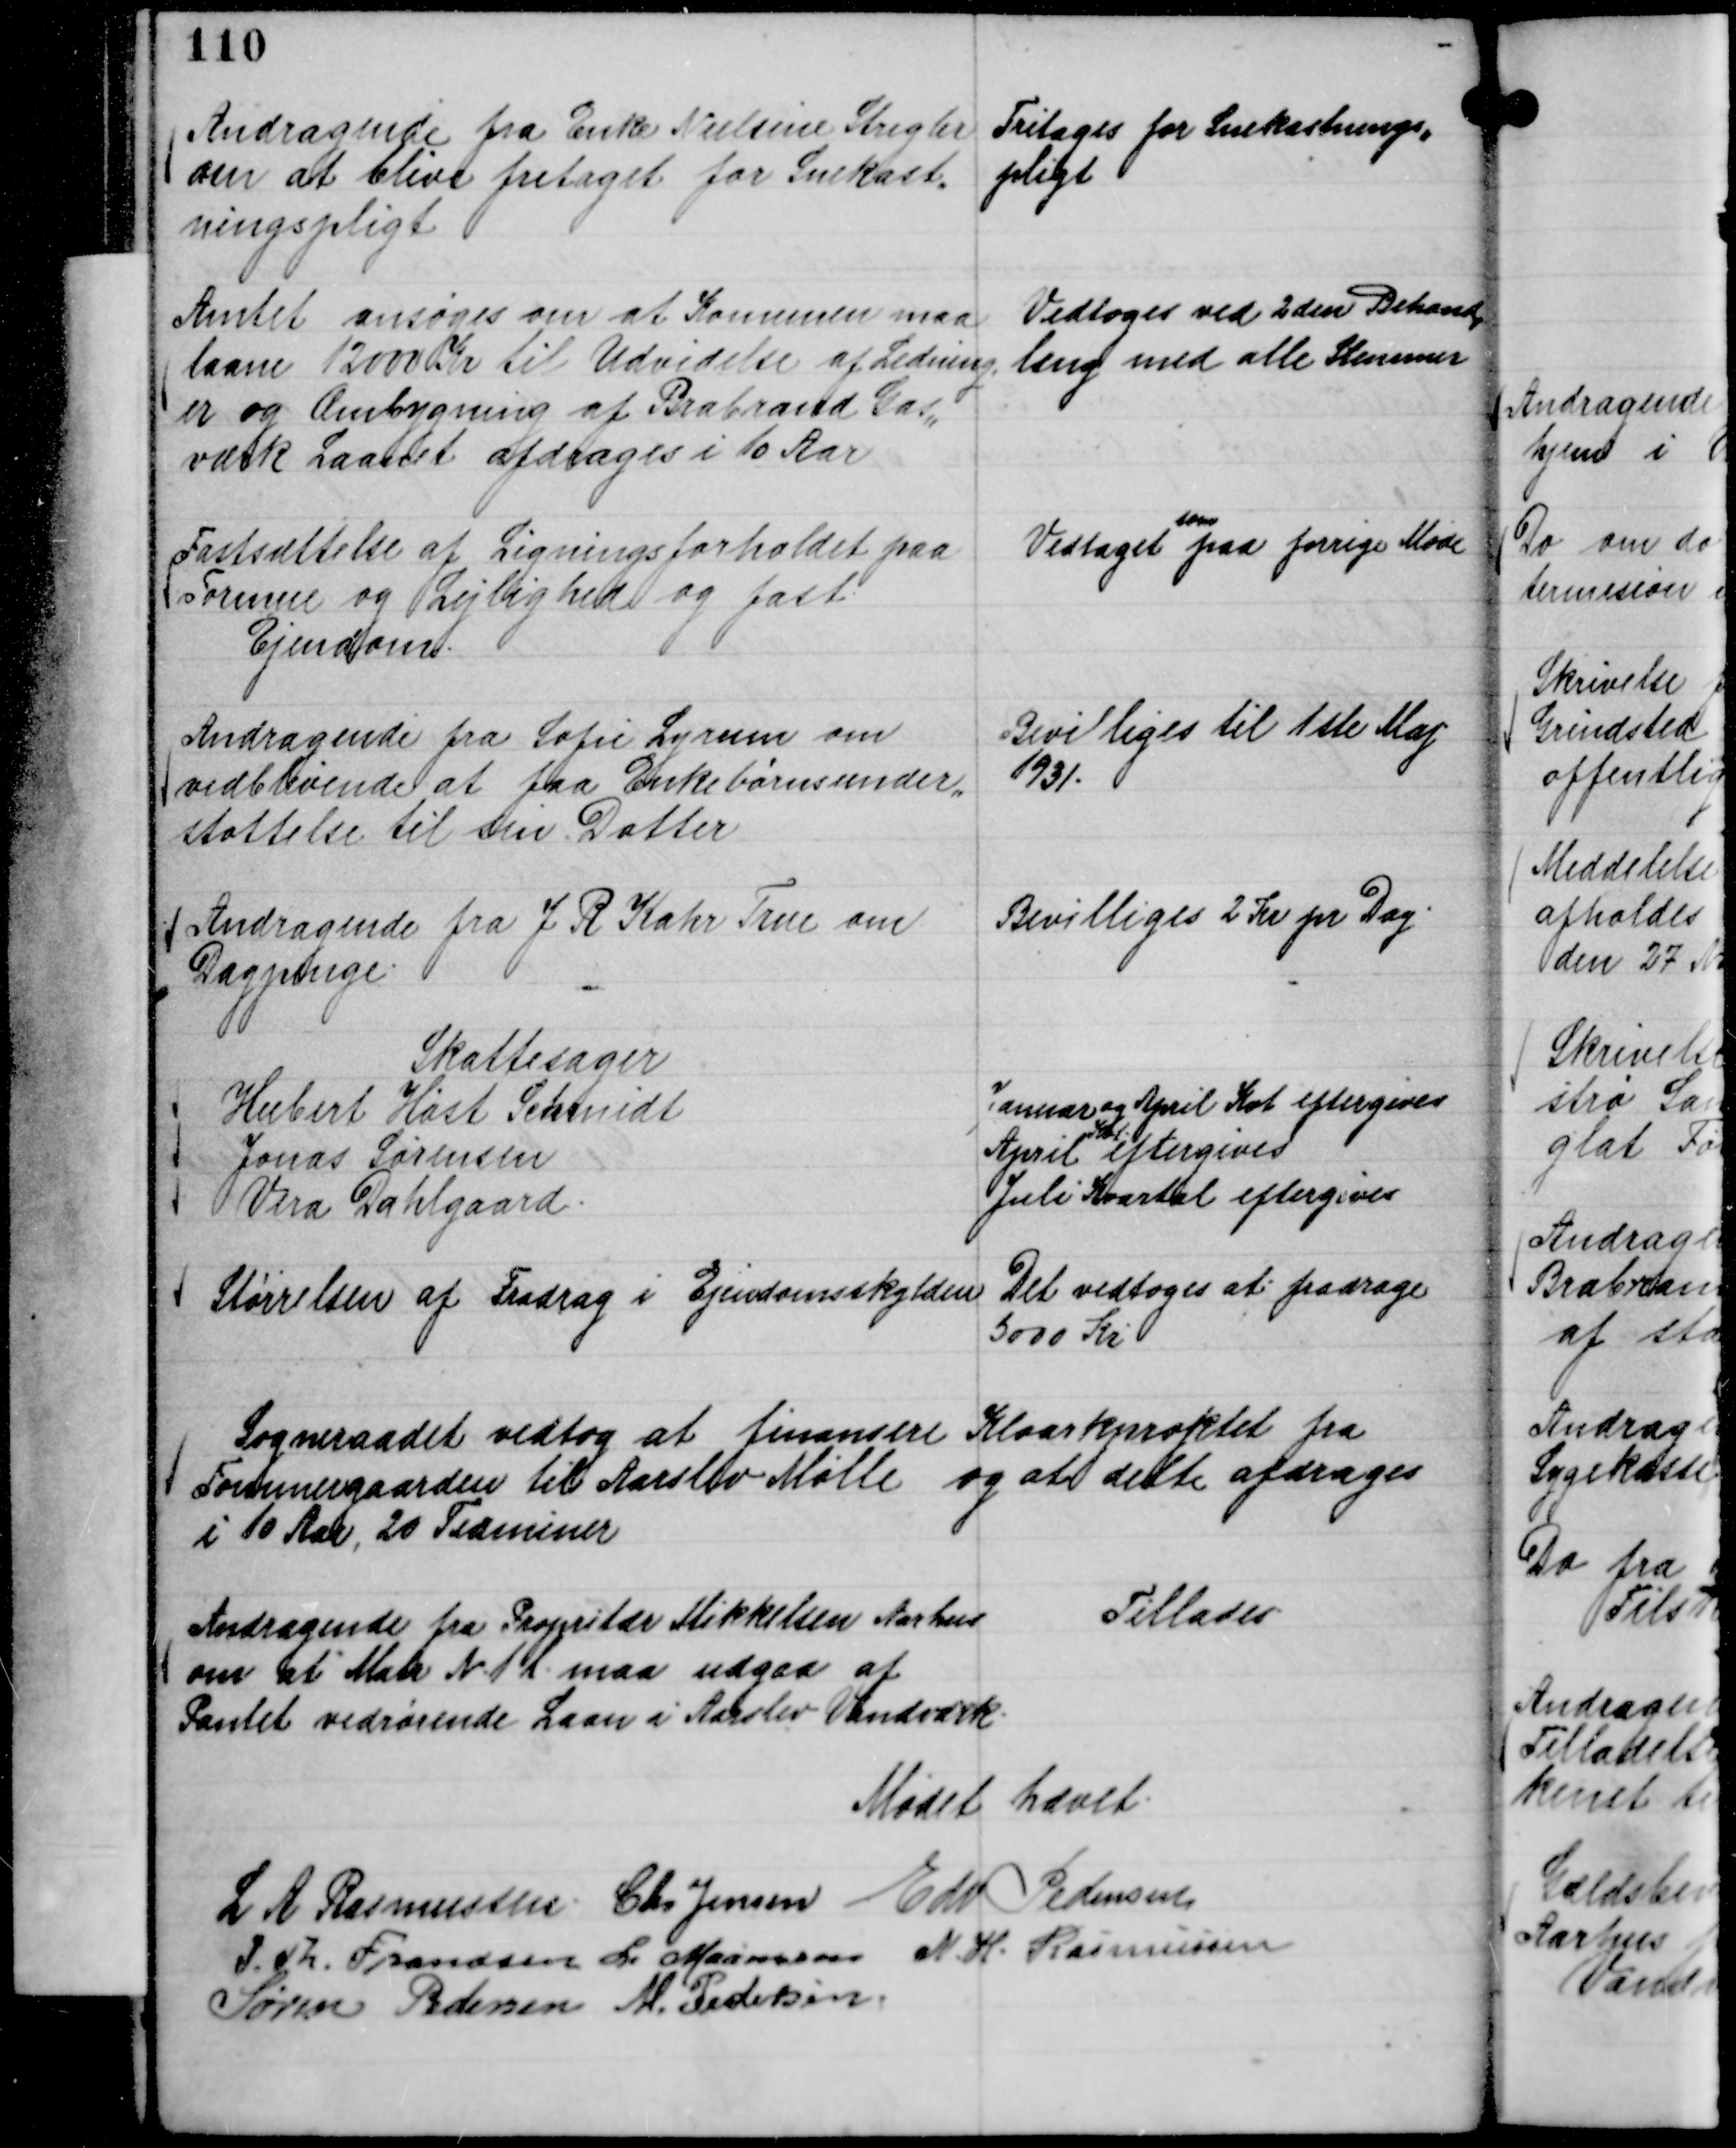
Transskription:
Andragende fra Enke Nielsine Strigler
om at blive fritaget for Snekast,,
ningspligt

Fritages for Snekastnings,,
pligt

Amtet ansøges om at Komunen maa
laane 12000 Kr til Udvidelse af Ledning,
er og Ombygning af Brabrand Gas,,
værk Laanet afdrages i 10 Aar

Vedtoges ved 2den Behand,,
ling med alle Stemmer

Fastsættelse af Ligningsforholdet paa
Formue og Lejlighed og fast
Ejendom.

Vedtaget
som
paa forrige Møde

Andragende fra Sofie Lyrum om
vedblivende at faa Enkebørnsunder,,
støttelse til sin Datter

Bevilliges til 1ste Maj
1931.

Andragende fra J R Kahr True om
Dagpenge.

Bevilliges 2 Kr pr Dag.

Skattesager
Hubert Høst Schmidt
Januar og April Kvt eftergives
Jonas Sørensen
April
Kvt.
eftergives
Vera Dahlgaard.
Juli Kvartal eftergives

Størrelsen af Fradrag i Ejendomsskylden

Det vedtoges at fradrage
5000 Kr.

Sogneraadet vedtog at finansere Kloarkproktet fra
Tømmergaarden til Aarslev Mølle og alt dette afdrages
i 10 Aar, 20 Terminer

Andragende fra Propritær Mikkelsen Aarhus
om at Matr N. 1 l. maa udgaa af
Pantet vedrørende Laan i Aarslev Vandværk.

Tillades

Mødet hævet.
L A Rasmussen.
Chr Jensen
Edv Pedersen
P. Th. Frandsen
L. Maansson
N. H. Rasmussen
Søren Pedersen
M. Pedersen.